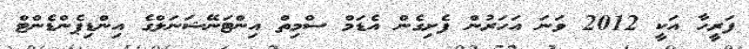
ފަރީހާ އަކީ 2012 ވަނަ އަހަރުން ފެށިގެން އެޑަމް ސްމިތް އިންޓަނޭޝަނަލްގެ އިންޑިޕެންޑެންޓް